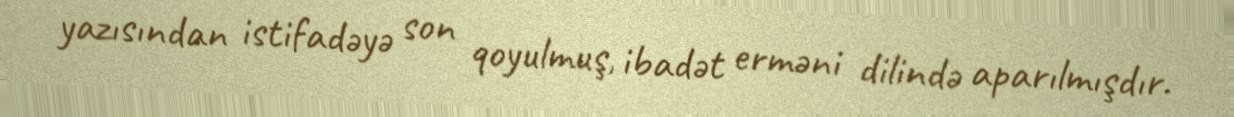
yazısından istifadəyə son qoyulmuş, ibadət erməni dilində aparılmışdır.